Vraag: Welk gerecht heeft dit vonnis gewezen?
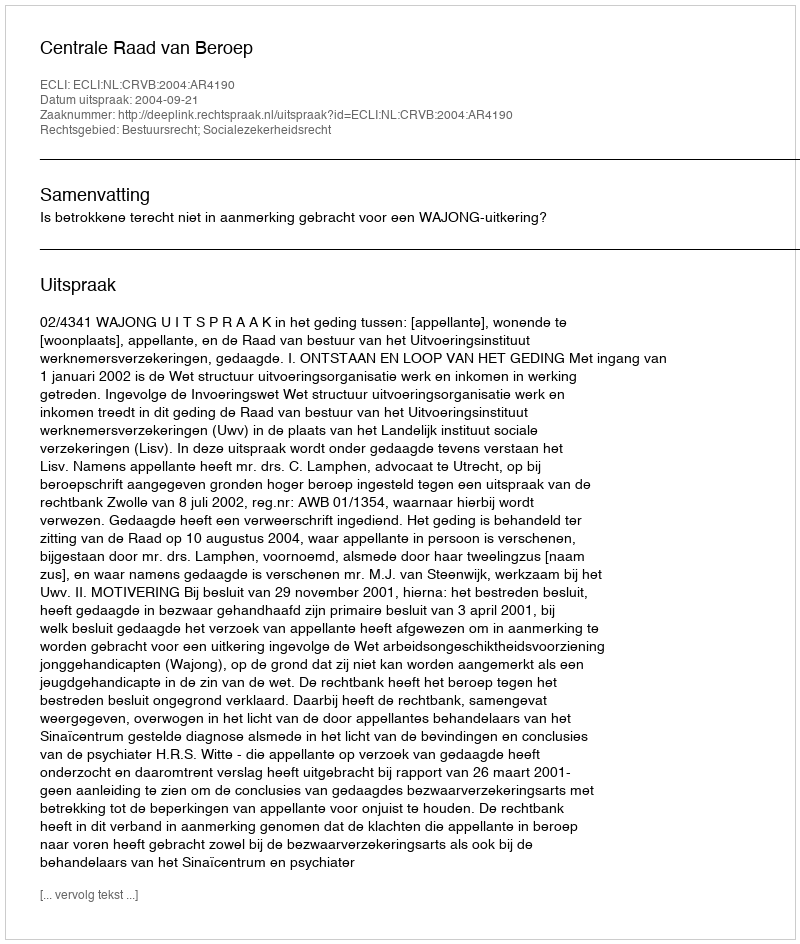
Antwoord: Centrale Raad van Beroep